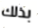
بذلك